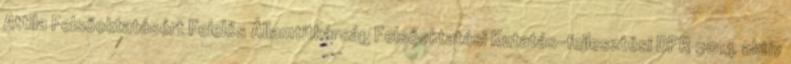
Attila Felsőoktatásért Felelős Államtitkárság Felsőoktatási Kutatás-fejlesztési DPR 2014 aktív